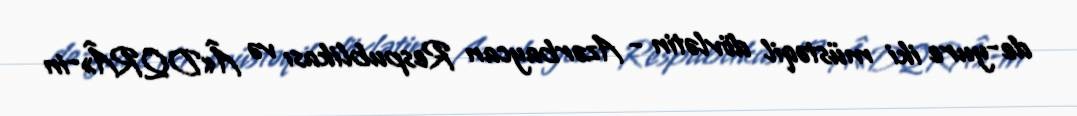
de-yure iki müstəqil dövlətin - Azərbaycan Respublikası və Â«DQRÂ»-in